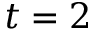
t = 2